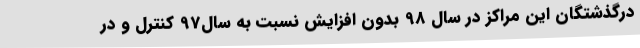
درگذشتگان این مراکز در سال 98 بدون افزایش نسبت به سال97 کنترل و در